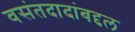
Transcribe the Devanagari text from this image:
वसंतदादांबद्दल